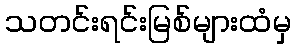
သတင်းရင်းမြစ်များထံမှ